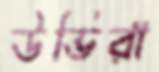
উভিরা